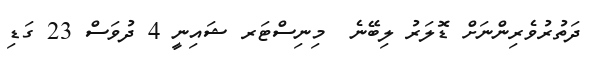
ދަތުރުވެރިންނަށް ޑޮލަރު ލިބޭނެ  މިނިސްޓަރ ޝައިނީ 4 ދުވަސް 23 ގަޑި